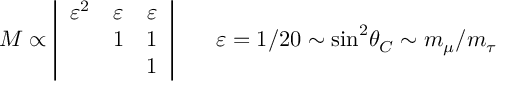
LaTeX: { \cal M } \propto \left| \begin{array} { c c c } { { \varepsilon ^ { 2 } } } & { { \varepsilon } } & { { \varepsilon } } \\ { { } } & { { 1 } } & { { 1 } } \\ { { } } & { { } } & { { 1 } } \end{array} \right| \ \ \ \ \ \varepsilon = 1 / 2 0 \sim \sin ^ { 2 } \! \theta _ { C } \sim m _ { \mu } / m _ { \tau }